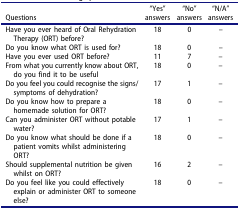
<table><thead><tr><td><b>Questions</b></td><td><b>“Yes” answers</b></td><td><b>“No” answers</b></td><td><b>“N/A” answers</b></td></tr></thead><tbody><tr><td>Have you ever heard of Oral Rehydration Therapy (ORT) before?</td><td>18</td><td>0</td><td>–</td></tr><tr><td>Do you know what ORT is used for?</td><td>18</td><td>0</td><td>–</td></tr><tr><td>Have you ever used ORT before?</td><td>11</td><td>7</td><td>–</td></tr><tr><td>From what you currently know about ORT, do you find it to be useful</td><td>18</td><td>0</td><td>–</td></tr><tr><td>Do you feel you could recognise the signs/symptoms of dehydration?</td><td>17</td><td>1</td><td>–</td></tr><tr><td>Do you know how to prepare a homemade solution for ORT?</td><td>18</td><td>0</td><td>–</td></tr><tr><td>Can you administer ORT without potable water?</td><td>17</td><td>1</td><td>–</td></tr><tr><td>Do you know what should be done if a patient vomits whilst administering ORT?</td><td>18</td><td>0</td><td>–</td></tr><tr><td>Should supplemental nutrition be given whilst on ORT?</td><td>16</td><td>2</td><td>–</td></tr><tr><td>Do you feel like you could effectively explain or administer ORT to someone else?</td><td>18</td><td>0</td><td>–</td></tr></tbody></table>